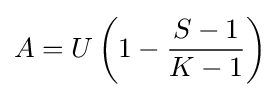
A=U\left(1-{\frac {S-1}{K-1}}\right)